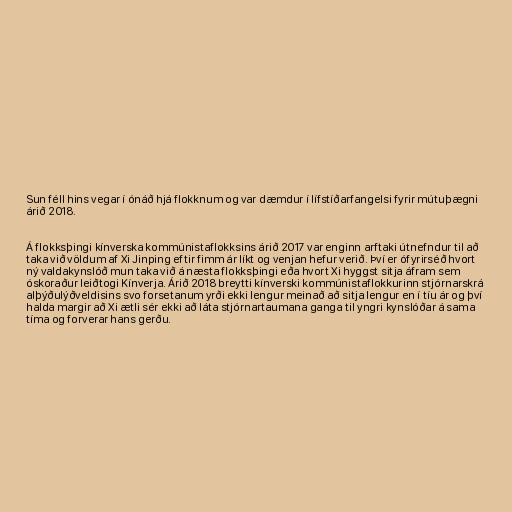
Sun féll hins vegar í ónáð hjá flokknum og var dæmdur í lífstíðarfangelsi fyrir mútuþægni
árið 2018.

Á flokksþingi kínverska kommúnistaflokksins árið 2017 var enginn arftaki útnefndur til að
taka við völdum af Xi Jinping eftir fimm ár líkt og venjan hefur verið. Því er ófyrirséð hvort
ný valdakynslóð mun taka við á næsta flokksþingi eða hvort Xi hyggst sitja áfram sem
óskoraður leiðtogi Kínverja. Árið 2018 breytti kínverski kommúnistaflokkurinn stjórnarskrá
alþýðulýðveldisins svo forsetanum yrði ekki lengur meinað að sitja lengur en í tíu ár og því
halda margir að Xi ætli sér ekki að láta stjórnartaumana ganga til yngri kynslóðar á sama
tíma og forverar hans gerðu.